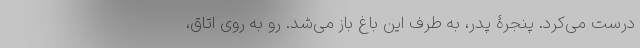
درست می‌کرد. پنجرۀ پدر، به طرف این باغ باز می‌شد. رو به روی اتاق،